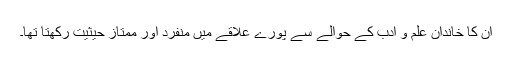
ان کا خاندان علم و ادب کے حوالے سے پورے علاقے میں منفرد اور ممتاز حیثیت رکھتا تھا۔